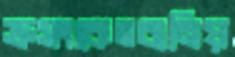
ভ্রুসংকেতবানিয়